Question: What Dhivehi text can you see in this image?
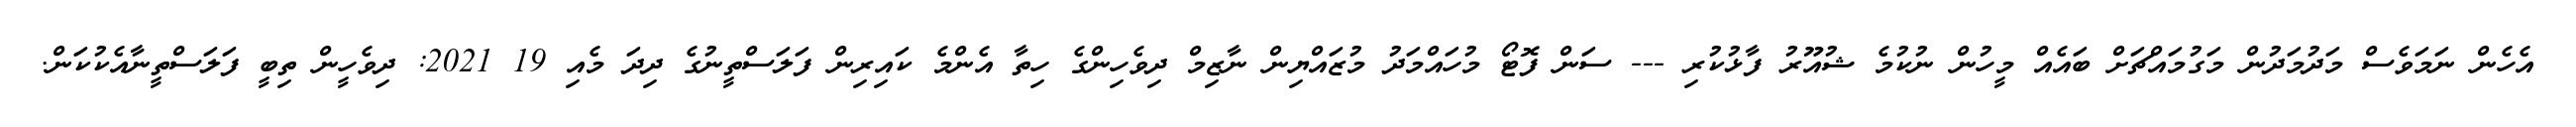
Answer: އެހެން ނަމަވެސް މަދުމަދުން މަގުމައްޗަށް ބައެއް މީހުން ނުކުމެ ޝުއޫރު ފާޅުކުރި --- ސަން ފޮޓޯ މުހައްމަދު މުޒައްޔިން ނާޒިމް ދިވެހިންގެ ހިތާ އެންމެ ކައިރިން ފަލަސްތީނުގެ ދިދަ މެއި 19 2021: ދިވެހީން ތިބީ ފަލަސްތީނާއެކުކަން.